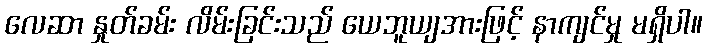
လေဆာ နှုတ်ခမ်း လိမ်းခြင်းသည် ယေဘူယျအားဖြင့် နာကျင်မှု မရှိပါ။